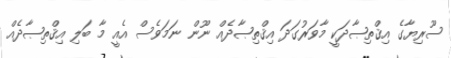
ސޫރިޔާގެ އިޤްތިޞާދަކީ މާވަރުގަދަ އިޤްތިޞާދެއް ނޫން ނަމަވެސް އެއީ މާ ބަލި އިޤްތިޞާދެއް